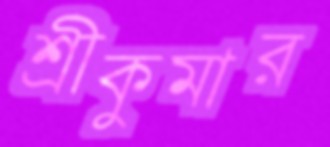
শ্রীকুমার